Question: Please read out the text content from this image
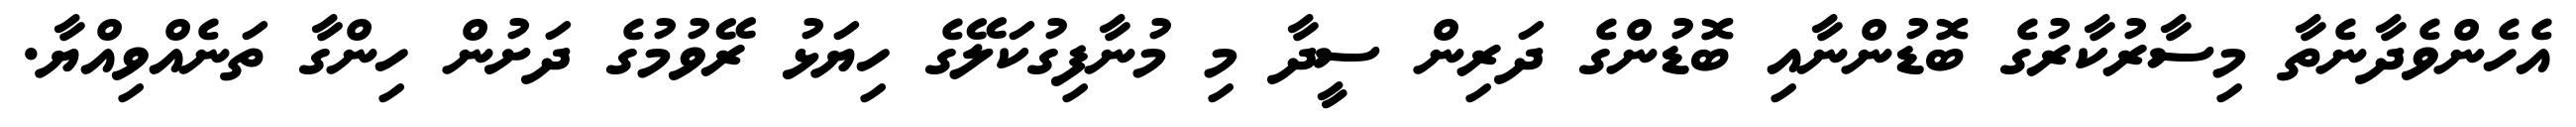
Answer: އެހެންވެދާނެތާ މިސާރުކާރުގެ ބޮޑުންނާއި ބޮޑުންގެ ދަރިން ސީދާ މި މުނާފިގުކަލޭގެ ހިޔަޅު ރޭވުމުގެ ދަށުން ހިންގާ ތަނެއްވިއްޔާ.